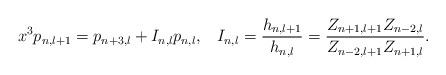
LaTeX: \begin{align*}x^{3}p_{n,l+1}=p_{n+3,l}+I_{n,l}p_{n,l},\;\;\;I_{n,l}=\frac{h_{n,l+1}}{h_{n,l}}=\frac{Z_{n+1,l+1}Z_{n-2,l}}{Z_{n-2,l+1}Z_{n+1,l}}.\end{align*}